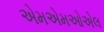
એમએમઓએલ